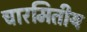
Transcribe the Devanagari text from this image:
चारमितीय